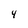
Character: 4